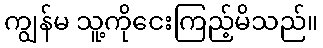
ကျွန်မ သူ့ကိုငေးကြည့်မိသည်။